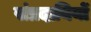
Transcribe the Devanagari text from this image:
संप्रदायियों